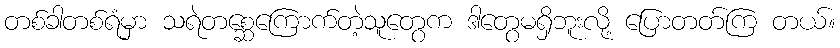
တစ်ခါတစ်ရံမှာ သရဲတစ္ဆေကြောက်တဲ့သူတွေက ဒါတွေမရှိဘူးလို့ ပြောတတ်ကြ တယ်။